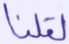
لقلنا